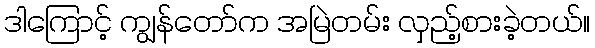
ဒါကြောင့် ကျွန်တော်က အမြဲတမ်း လှည့်စားခဲ့တယ်။